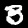
Label: 3